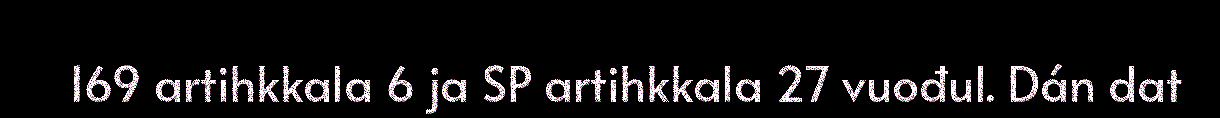
169 artihkkala 6 ja SP artihkkala 27 vuođul. Dán dat